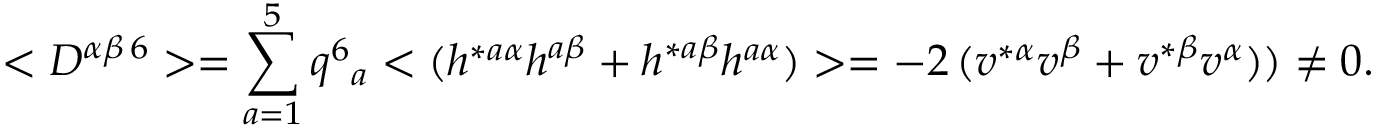
< D ^ { \alpha \beta \, 6 } > = \sum _ { a = 1 } ^ { 5 } q ^ { 6 } { } _ { a } < ( h ^ { * a \alpha } h ^ { a \beta } + h ^ { * a \beta } h ^ { a \alpha } ) > = - 2 \, ( v ^ { * \alpha } v ^ { \beta } + v ^ { * \beta } v ^ { \alpha } ) ) \neq 0 .